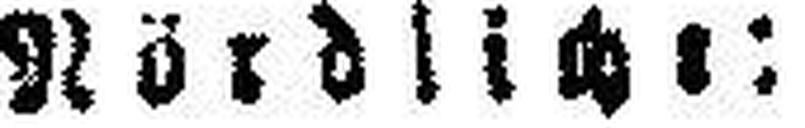
Nördliche: